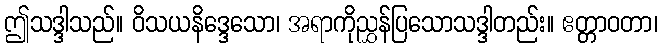
ဤသဒ္ဒါသည်။ ဝိသယနိဒ္ဒေသော၊ အရာကိုညွှန်ပြသောသဒ္ဒါတည်း။ ဧတ္တာဝတာ၊